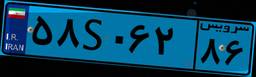
۵۸S۰۶۲۸۶